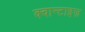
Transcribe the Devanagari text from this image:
क्वान्टाइज़